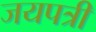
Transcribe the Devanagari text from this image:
जयपत्री